Veterinary [1904] -
Year: 1904
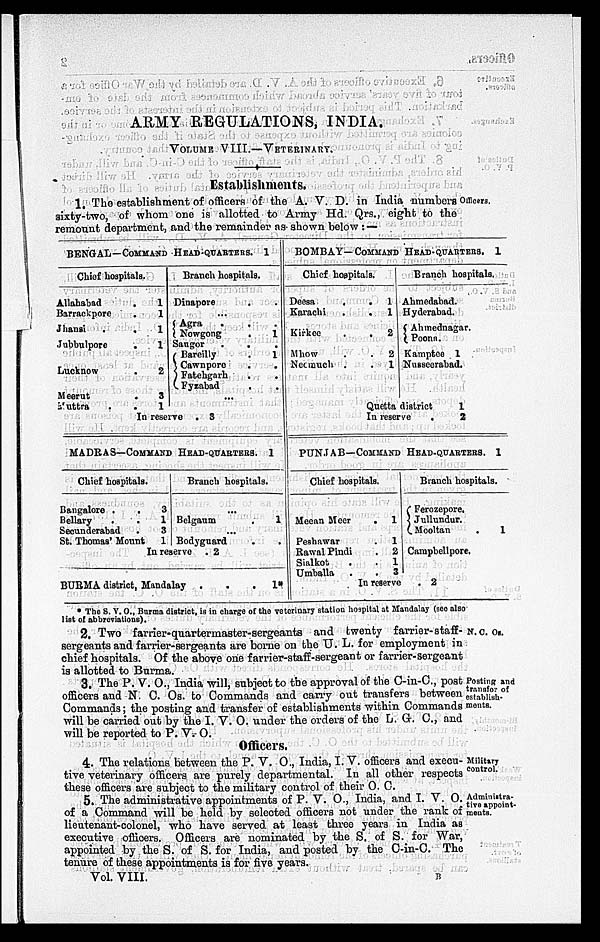
ARMY REGULATIONS, INDIA.
VOLUME VIII.—VETERINARY.
Establishments.
1. The establishment of officers of the A. V. D. in India numbers Officers.
sixty-two, of whom one is allotted to Army Hd. Qrs., eight to the
remount department, and the remainder as shown below : —
BENGAL—COMMAND HEAD-QUARTERS. 1
Chief hospitals.
Allahabad.
Barrack pore.
Jhansi.
Jubbulpore..
Lucknow.
Meerut
Muttra
.
1
1
1
1
2
3
1
Branch hospitals.
Dinapore .
...
Agra . .
Nowgong .
Sangor . .
Bareilly .
{Cawnpore .
Fatehgarh .
Fyzabad .
...
In reserve . 3
.
.
1
.
1
.
.
Chief hospitals.
Deesa
Karachi
Kirkee
Mhow
Necmuch
.
1
.
1
. 2
. 2
.
1
Branch hospitals.
Ahmedabad.
Hyderabad.
{Ahmednagar.
Poona.
Kamptee 1
Nusseerabad.
Quetta district
In reserve
.
2
MADRAS—COMAND HEAD-QUARTERS. 1
Chief hospitals.
Bangalore . .
Bellary . .
Secunderabad .
St. Thomas' Mount
3
1
3
1
Branch hospitals.
...
Belgaum .
...
Bodyguard
In reserve . 2
BURMA district, Mandalay . . .
1
.
1
Chief hospitals.
Meean
Meer.
Peshawar .
Rawal Pindi.
Sialkot .
Umballa
..
1
1
2
1
3
Branch hospitals.
Ferozepore.
Jullundur.
Mooltan
.
1
Campbell pore.
In reserve. 2
• The S. V. O., Burma district, is in charge of the veterinary station hospital at Mandalay (see also
list of abbreviations).
2. Two farrier-quartermaster-sergeants and twenty farrier-staff- N. C. Os.
sergeants and farrier-sergeants are borne on the U. L. for employment in
chief hospitals. Of the above one farrier-staff-sergeant or farrier-sergeant
is allotted to Burma.
Posting and
transfer of
establish-
ments.
3. The P. V. O., India will, subject to the approval of the C-in-C., post
officers and N. C. Os. to Commands and carry out transfers between
Commands; the posting and transfer of establishments within Commands
will be carried out by the I. V. O. under the orders of the L. G. C., and
will be reported to P. V. O.
Officers,
Military
control.
4. The relations between the P. V. O., India, I. V. officers and execu-
tive veterinary officers are purely departmental. In all other respects
these officers are subject to the military control of their O. C.
Administra-
tive appoint-
ments.
5. The administrative appointments of P. V. O., India, and I. V. O.
of a Command will be held by selected officers not under the rank of
lieutenant-colonel, who have served at least three years in India as
executive officers. Officers are nominated by the S. of S. for War,
appointed by the S. of S. for India, and posted by the C-in-C. The
tenure of these appointments is for five years.
Vol. VIII.
B